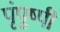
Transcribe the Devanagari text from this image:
पृंपुष्पी